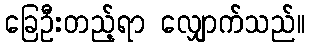
ခြေဦးတည့်ရာ လျှောက်သည်။